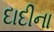
દાદીના